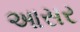
આસર